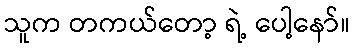
သူက တကယ်တော့ ရဲ့ ပေါ့နော်။